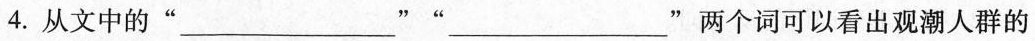
4.从文中的”___””___”两个词可以看出观潮人群的